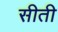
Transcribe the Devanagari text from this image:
सीती